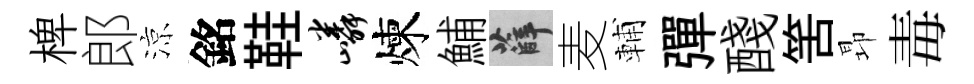
椑郎涼銘鞋嶙煉鯆薛麦輔彈醆筈昻毒